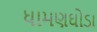
ધામણઘોડા